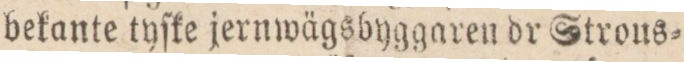
bekante tyſke jernwägsbyggaren dr Strous=